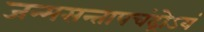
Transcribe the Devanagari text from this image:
जन्मसन्तापचंद्रोऽयं